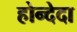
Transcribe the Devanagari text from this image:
होन्देदा